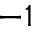
^ { - 1 }